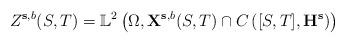
LaTeX: \begin{align*} Z^{\mathbf s, b}(S,T) = \mathbb L^2\left(\Omega,\mathbf X^{\mathbf s,b}(S,T) \cap C\left([S,T],\mathbf H^{\mathbf s}\right) \right) \end{align*}